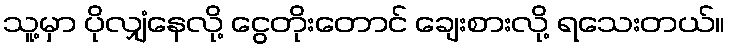
သူ့မှာ ပိုလျှံနေလို့ ငွေတိုးတောင် ချေးစားလို့ ရသေးတယ်။